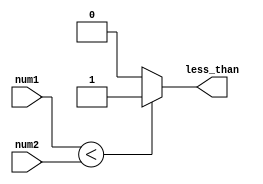
module less_than_comparator (
    input [7:0] num1,
    input [7:0] num2,
    output reg less_than
);

always @(*) begin
    if (num1 < num2) begin
        less_than = 1;
    end else begin
        less_than = 0;
    end
end

endmodule